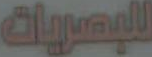
للبصريات